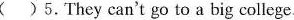
( )5.They can't go to a big college.